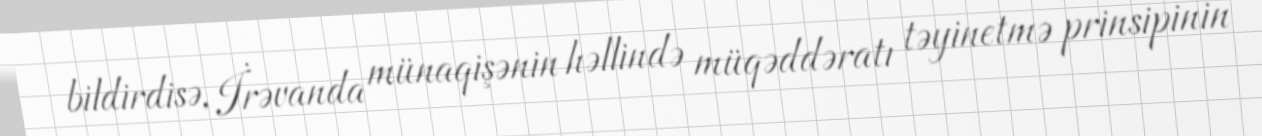
bildirdisə, İrəvanda münaqişənin həllində müqəddəratı təyinetmə prinsipinin